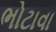
ભોટાવા